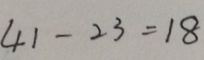
4 1 - 2 3 = 1 8